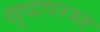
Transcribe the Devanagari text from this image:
खुदापरस्त